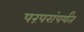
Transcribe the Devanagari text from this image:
परंपरांपर्यंत